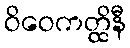
ဝိဝေကတ္ထိနီ